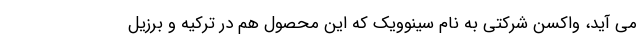
می آید، واکسن شرکتی به نام سینوویک که این محصول هم در ترکیه و برزیل